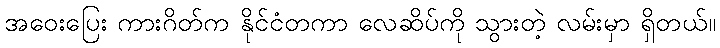
အဝေးပြေး ကားဂိတ်က နိုင်ငံတကာ လေဆိပ်ကို သွားတဲ့ လမ်းမှာ ရှိတယ်။